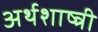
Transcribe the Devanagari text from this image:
अर्थशाष्त्री